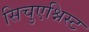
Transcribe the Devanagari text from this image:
सिचुएश्निस्ट